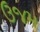
ઉજમ